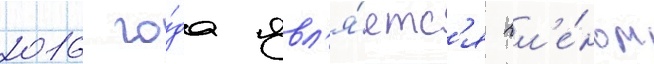
2016 го́да явл'я́етс'я чл'е́ном